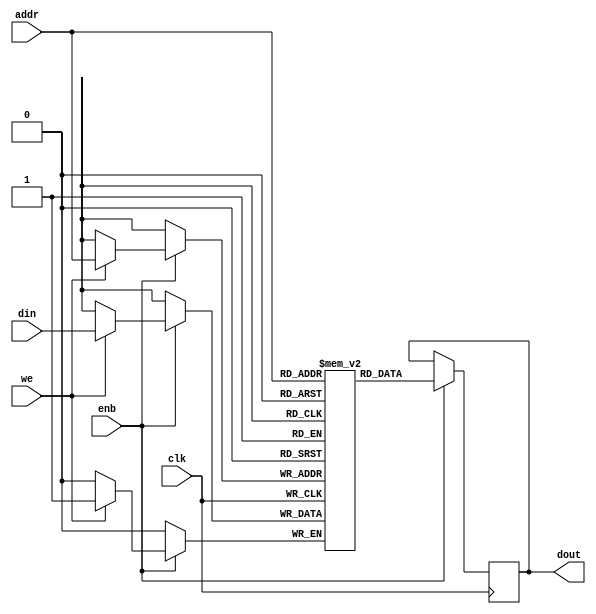
// -------------------------------------------------------------
// 
// 
// Generated by MATLAB 23.2, HDL Coder 23.2, and Simulink 23.2
// 
// -------------------------------------------------------------


// -------------------------------------------------------------
// 
// Module: SinglePortRAM_generic
// Source Path: commrshdl/conv subsystem/LTE Convolutional Encoder1/SinglePortRAM_generic
// Hierarchy Level: 1
// Model version: 9.83
// 
// -------------------------------------------------------------

`timescale 1 ns / 1 ns

module SinglePortRAM_generic
          (clk,
           enb,
           din,
           addr,
           we,
           dout);

  parameter integer AddrWidth  = 1;
  parameter integer DataWidth  = 1;

  input   clk;
  input   enb;
  input   signed [DataWidth - 1:0] din;  // parameterized width
  input   [AddrWidth - 1:0] addr;  // parameterized width
  input   we;  // ufix1
  output  signed [DataWidth - 1:0] dout;  // parameterized width


  reg  [DataWidth - 1:0] ram [2**AddrWidth - 1:0];
  reg  [DataWidth - 1:0] data_int;
  integer i;

  initial begin
    for (i=0; i<=2**AddrWidth - 1; i=i+1) begin
      ram[i] = 0;
    end
    data_int = 0;
  end


  always @(posedge clk)
    begin : SinglePortRAM_generic_process
      if (enb == 1'b1) begin
        if (we == 1'b1) begin
          ram[addr] <= din;
        end
        data_int <= ram[addr];
      end
    end

  assign dout = data_int;

endmodule  // SinglePortRAM_generic